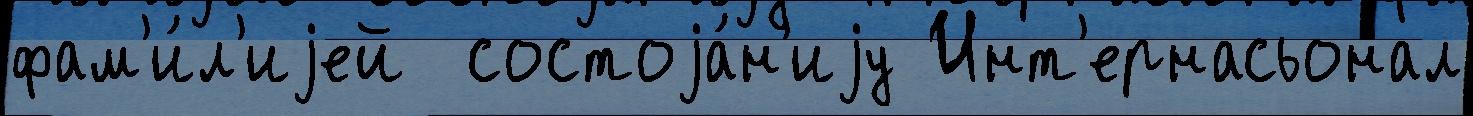
фам'и́л'иjей  состоjа́н'иjу Инт'ернасьонал